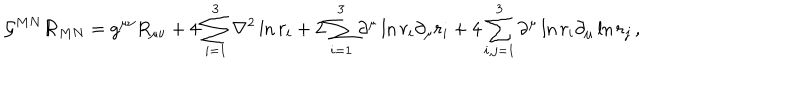
{ \cal G } ^ { M N } { \cal R } _ { M N } = g ^ { \mu \nu } R _ { \mu \nu } + 4 \sum _ { i = 1 } ^ { 3 } \nabla ^ { 2 } \ln r _ { i } + 2 \sum _ { i = 1 } ^ { 3 } \partial ^ { \mu } \ln r _ { i } \partial _ { \mu } r _ { i } + 4 \sum _ { i , j = 1 } ^ { 3 } \partial ^ { \mu } \ln r _ { i } \partial _ { \mu } \ln r _ { j } \, ,